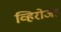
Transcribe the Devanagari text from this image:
व्हिरोजा